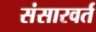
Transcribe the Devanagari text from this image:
संसारवर्त